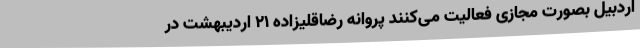
اردبیل بصورت مجازی فعالیت می‌کنند پروانه رضاقلیزاده 21 اردیبهشت در